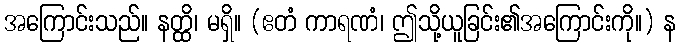
အကြောင်းသည်။ နတ္ထိ၊ မရှိ။ (ဧတံ ကာရဏံ၊ ဤသို့ယူခြင်း၏အကြောင်းကို။) န